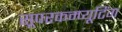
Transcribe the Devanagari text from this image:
सूपरकम्प्यूटिंग